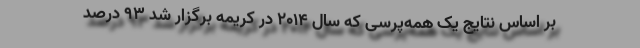
بر اساس نتایج یک همه‌پرسی که سال ۲۰۱۴ در کریمه برگزار شد ۹۳ درصد